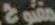
مفتوح